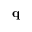
{ \bf q }